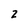
Character: 2